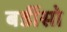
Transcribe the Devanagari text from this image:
बर्डीसो